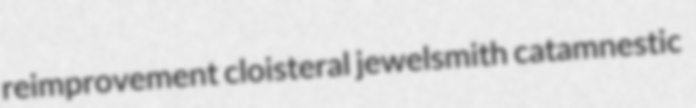
reimprovement cloisteral jewelsmith catamnestic